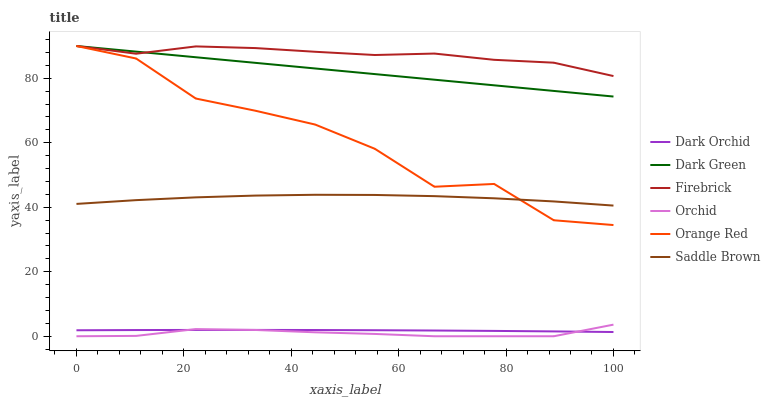
| xaxis_label | Dark Orchid | Dark Green | Firebrick | Orchid | Orange Red | Saddle Brown |
 | --- | --- | --- | --- | --- | --- | --- |
 | 0 | 1.85 | 90 | 90 | 0 | 90 | 41 |
 | 11.1 | 1.92 | 88.3 | 87.6 | 0.109 | 86.1 | 42.2 |
 | 22.2 | 1.96 | 86.5 | 89.9 | 2.22 | 73.7 | 43.1 |
 | 33.3 | 1.96 | 84.8 | 89.4 | 1.95 | 69.9 | 43.6 |
 | 44.4 | 1.93 | 83 | 88.2 | 1.22 | 65.6 | 43.9 |
 | 55.6 | 1.87 | 81.3 | 87.2 | 0.717 | 58.1 | 43.8 |
 | 66.7 | 1.78 | 79.6 | 87.7 | 0 | 46.4 | 43.4 |
 | 77.8 | 1.66 | 77.8 | 85.7 | 0 | 47.2 | 42.8 |
 | 88.9 | 1.5 | 76.1 | 84.8 | 0 | 36 | 41.8 |
 | 100 | 1.31 | 74.3 | 80.7 | 3.6 | 34.5 | 40.5 |